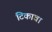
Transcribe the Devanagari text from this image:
टिकावा